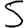
Digit: 5